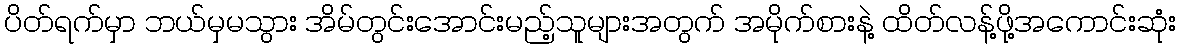
ပိတ်ရက်မှာ ဘယ်မှမသွား အိမ်တွင်းအောင်းမည့်သူများအတွက် အမိုက်စားနဲ့ ထိတ်လန့်ဖို့အကောင်းဆုံး